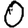
Digit: 0